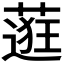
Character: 𬞅